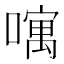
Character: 𠿄